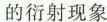
的衍射现